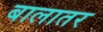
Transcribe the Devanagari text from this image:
बालातर